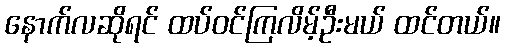
နောက်လဆိုရင် ထပ်ဝင်ကြလိမ့်ဦးမယ် ထင်တယ်။